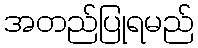
အတည်ပြုရမည်